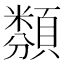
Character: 𩔫